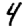
Digit: 4